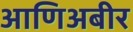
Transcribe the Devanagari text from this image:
आणिअबीर